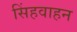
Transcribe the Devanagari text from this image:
सिंहवाहन